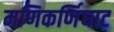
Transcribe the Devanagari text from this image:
मणिकर्णिघाट